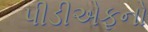
પીડીએફનો